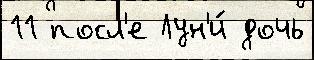
11 посл'е Лун'и́ дочь